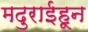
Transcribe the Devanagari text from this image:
मदुराईहून